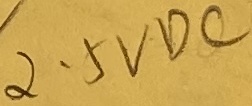
Text: 2.5VDC